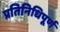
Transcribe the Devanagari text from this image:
प्रतिनिधिपूर्ण